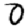
Digit: 0